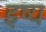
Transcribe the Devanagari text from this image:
इष्य